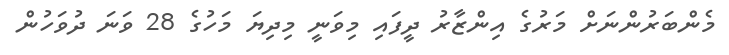
މެންބަރުންނަށް މަރުގެ އިންޒާރު ދީފައި މިވަނީ މިދިޔަ މަހުގެ 28 ވަނަ ދުވަހުން